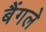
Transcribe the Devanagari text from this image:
बैंगले